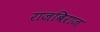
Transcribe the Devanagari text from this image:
राजबिराज